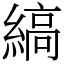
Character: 縞